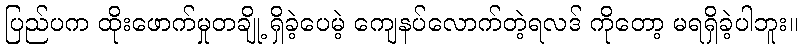
ပြည်ပက ထိုးဖောက်မှုတချို့ ရှိခဲ့ပေမဲ့ ကျေနပ်လောက်တဲ့ရလဒ် ကိုတော့ မရရှိခဲ့ပါဘူး။